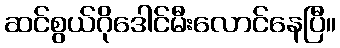
ဆင်စွယ်ဂိုဒေါင်မီးလောင်နေပြီ။